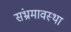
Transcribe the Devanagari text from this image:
संभ्रमावस्था